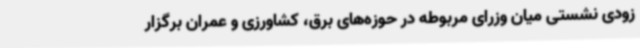
زودی نشستی میان وزرای مربوطه در حوزه‌های برق، کشاورزی و عمران برگزار